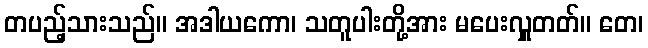
တပည့်သားသည်။ အဒါယကော၊ သတူပါးတို့အား မပေးလှူတတ်။ တေ၊